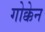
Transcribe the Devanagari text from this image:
गोक्केन